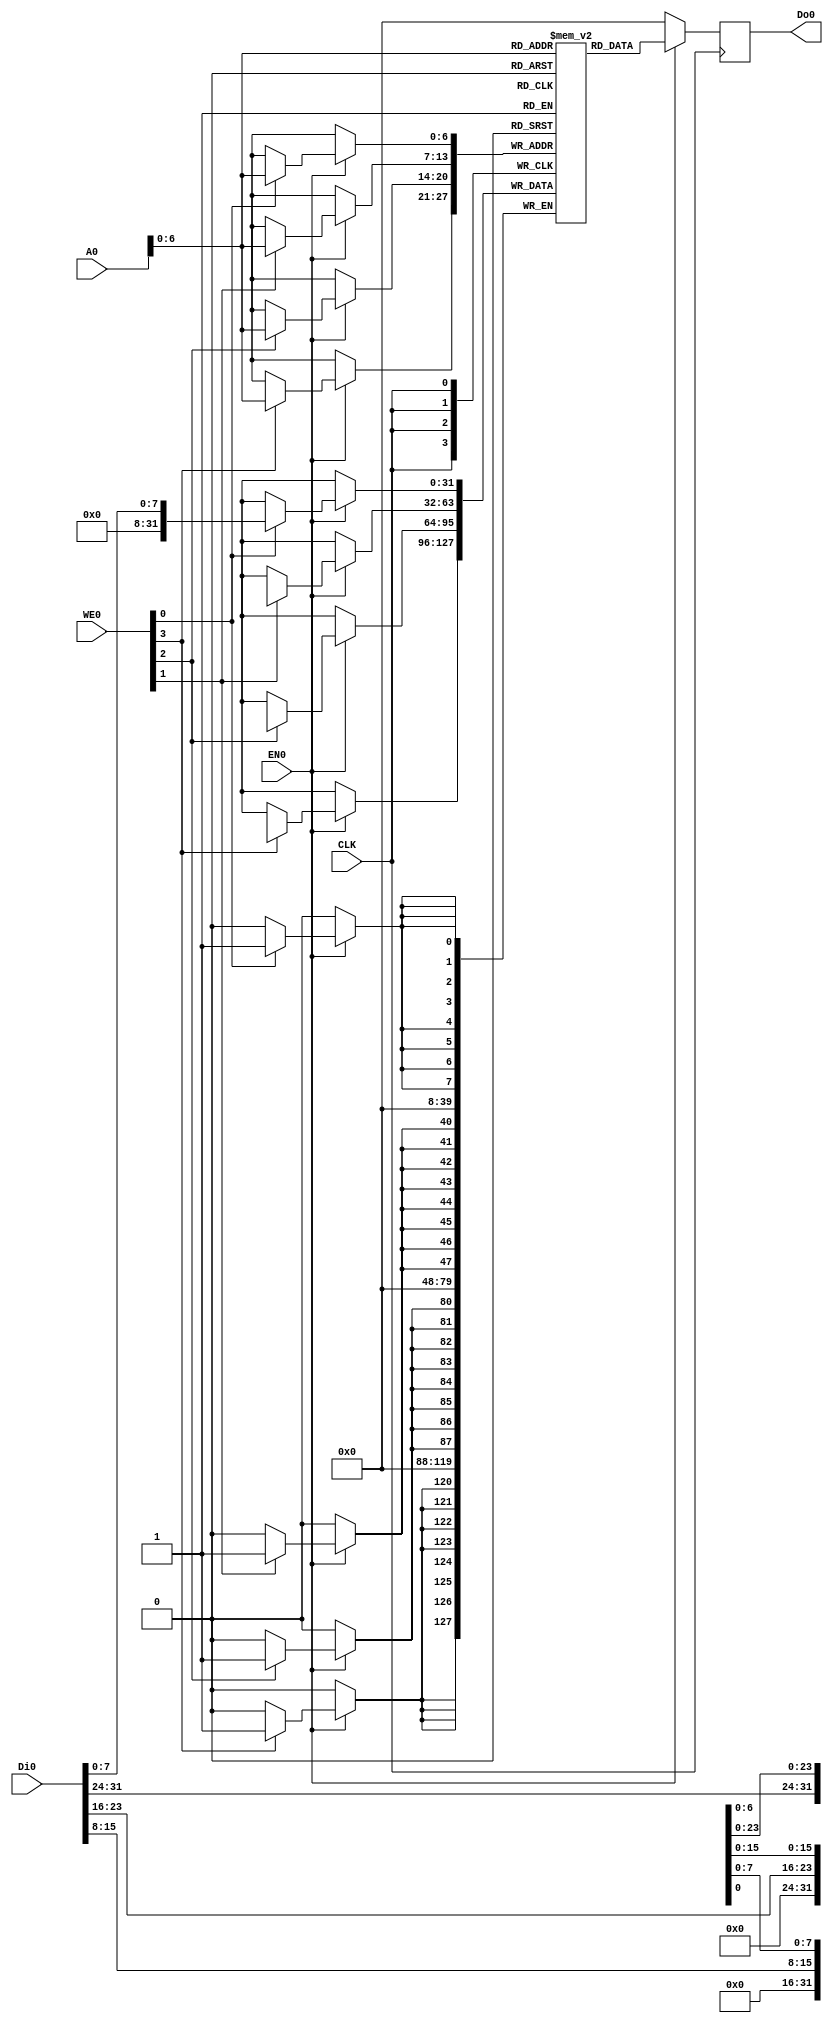
module bram(
    CLK,
    WE0,
    EN0,
    Di0,
    Do0,
    A0
);

    input   wire            CLK;
    input   wire    [3:0]   WE0;
    input   wire            EN0;
    input   wire    [31:0]  Di0;
    output  reg     [31:0]  Do0;
    input   wire    [31:0]   A0;

    // counter_la_fir.hex = 7.4kB = 1850 word 
    parameter N = 7;
    (* ram_style = "block" *) reg [31:0] RAM[0:2**N-1];     //  word per addr


    always @(posedge CLK)
        if(EN0) begin
            Do0 <= RAM[A0[N-1:0]];
            if(WE0[0]) RAM[A0[N-1:0]][7:0] <= Di0[7:0];
            if(WE0[1]) RAM[A0[N-1:0]][15:8] <= Di0[15:8];
            if(WE0[2]) RAM[A0[N-1:0]][23:16] <= Di0[23:16];
            if(WE0[3]) RAM[A0[N-1:0]][31:24] <= Di0[31:24];
        end
        else
            Do0 <= 32'b0;
endmodule